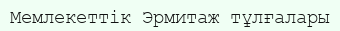
Мемлекеттік Эрмитаж тұлғалары